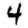
Digit: 4